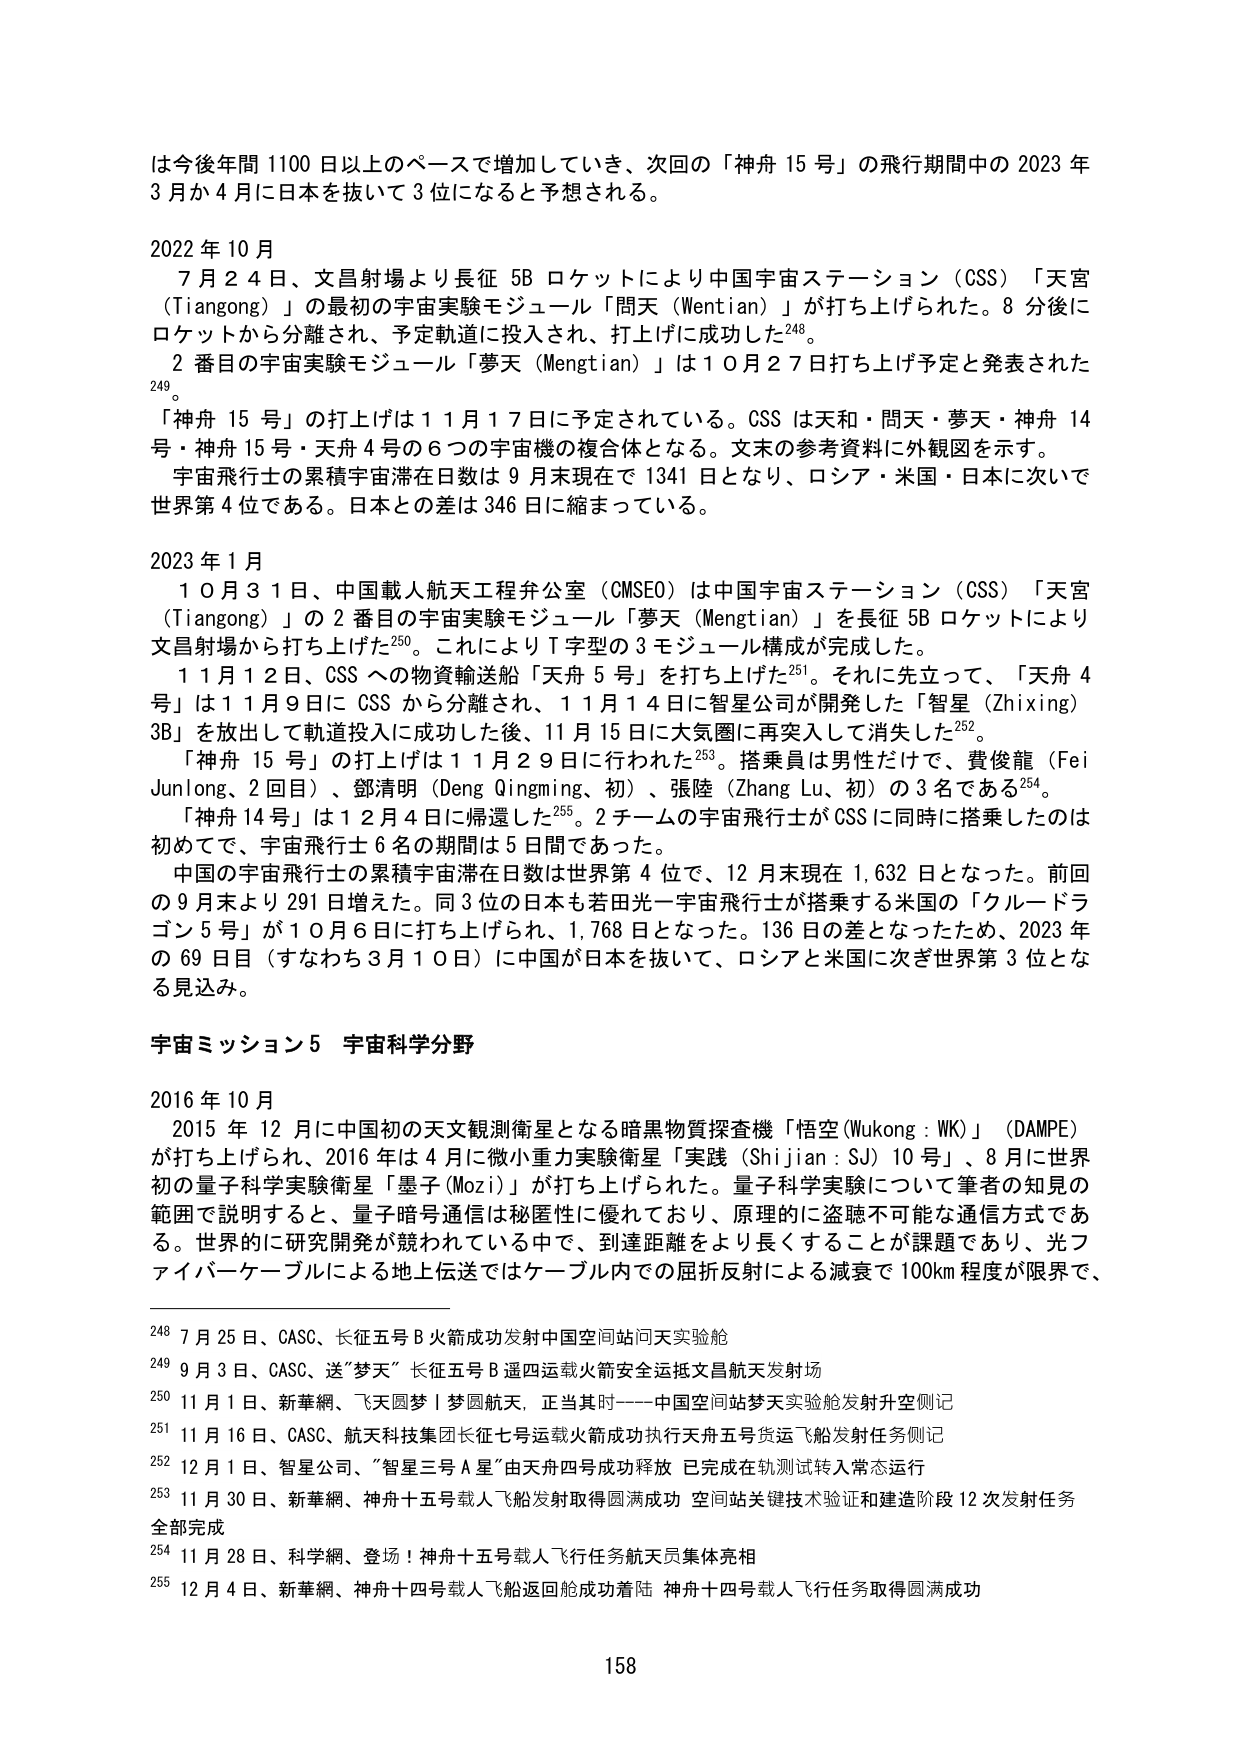
は今後年間1100日以上のペースで増加していき、次回の「神舟15号」の飛行期間中の2023年3月か4月に日本を抜いて3位になると予想される。

2022年10月
7月24日、文昌射場より長征5Bロケットにより中国宇宙ステーション（CSS）「天宮（Tiangong）」の最初の宇宙実験モジュール「問天（Wentian）」が打ち上げられた。8分後にロケットから分離され、予定軌道に投入され、打上げに成功した248。
2番目の宇宙実験モジュール「夢天（Mengtian）」は10月27日打ち上げ予定と発表された249。
「神舟15号」の打上げは11月17日に予定されている。CSSは天和・問天・夢天・神舟14号・神舟15号・天舟4号の6つの宇宙機の複合体となる。文末の参考資料に外観図を示す。
宇宙飛行士の累積宇宙滞在日数は9月末現在で1341日となり、ロシア・米国・日本に次いで世界第4位である。日本との差は346日に縮まっている。

2023年1月
10月31日、中国載人航天工程弁公室（CMSEO）は中国宇宙ステーション（CSS）「天宮（Tiangong）」の2番目の宇宙実験モジュール「夢天（Mengtian）」を長征5Bロケットにより文昌射場から打ち上げた250。これによりT字型の3モジュール構成が完成した。
11月12日、CSSへの物資輸送船「天舟5号」を打ち上げた251。それに先立って、「天舟4号」は11月9日にCSSから分離され、11月14日に智星公司が開発した「智星（Zhixing）3B」を放出して軌道投入に成功した後、11月15日に大気圏に再突入して消失した252。
「神舟15号」の打上げは11月29日に行われた253。搭乗員は男性だけで、費俊龍（Fei Junlong、2回目）、鄧清明（Deng Qingming、初）、張陸（Zhang Lu、初）の3名である254。
「神舟14号」は12月4日に帰還した255。2チームの宇宙飛行士がCSSに同時に搭乗したのは初めてで、宇宙飛行士6名の期間は5日間であった。
中国の宇宙飛行士の累積宇宙滞在日数は世界第4位で、12月末現在1,632日となった。前回の9月末より291日増えた。同3位の日本も若田光一宇宙飛行士が搭乗する米国の「クルードラゴン5号」が10月6日に打ち上げられ、1,768日となった。136日の差となったため、2023年の69日目（すなわち3月10日）に中国が日本を抜いて、ロシアと米国に次ぎ世界第3位となる見込み。

宇宙ミッション5 宇宙科学分野

2016年10月
2015年12月に中国初の天文観測衛星となる暗黒物質探査機「悟空（Wukong：WK）」（DAMPE）が打ち上げられ、2016年は4月に微小重力実験衛星「実践（Shijian：SJ）10号」、8月に世界初の量子科学実験衛星「墨子（Mozzi）」が打ち上げられた。量子科学実験について筆者の知見の範囲で説明すると、量子暗号通信は秘匿性に優れており、原理的に盗聴不可能な通信方式である。世界的に研究開発が競われている中で、到達距離をより長くすることが課題であり、光ファイバーケーブルによる地上伝送ではケーブル内での屈折反射による減衰で100km程度が限界で、

248 7月25日、CASC、长征五号B火箭成功发射中国空间站问天实验舱
249 9月3日、CASC、送“梦天”长征五号B遥四运载火箭安全运抵文昌航天发射场
250 11月1日、新華網、飞天圆梦｜梦圆航天，正当其时——中国空间站梦天实验舱发射升空侧记
251 11月16日、CASC、航天科技集团长征七号运载火箭成功执行天舟五号货运飞船发射任务侧记
252 12月1日、智星公司、“智星三号A星”由天舟四号成功释放 已完成在轨测试转入常态运行
253 11月30日、新華網、神舟十五号载人飞船发射取得圆满成功 空间站关键技术验证和建造阶段12次发射任务全部完成
254 11月28日、科学網、登场！神舟十五号载人飞行任务航天员集体亮相
255 12月4日、新華網、神舟十四号载人飞船返回舱成功着陆 神舟十四号载人飞行任务取得圆满成功

158